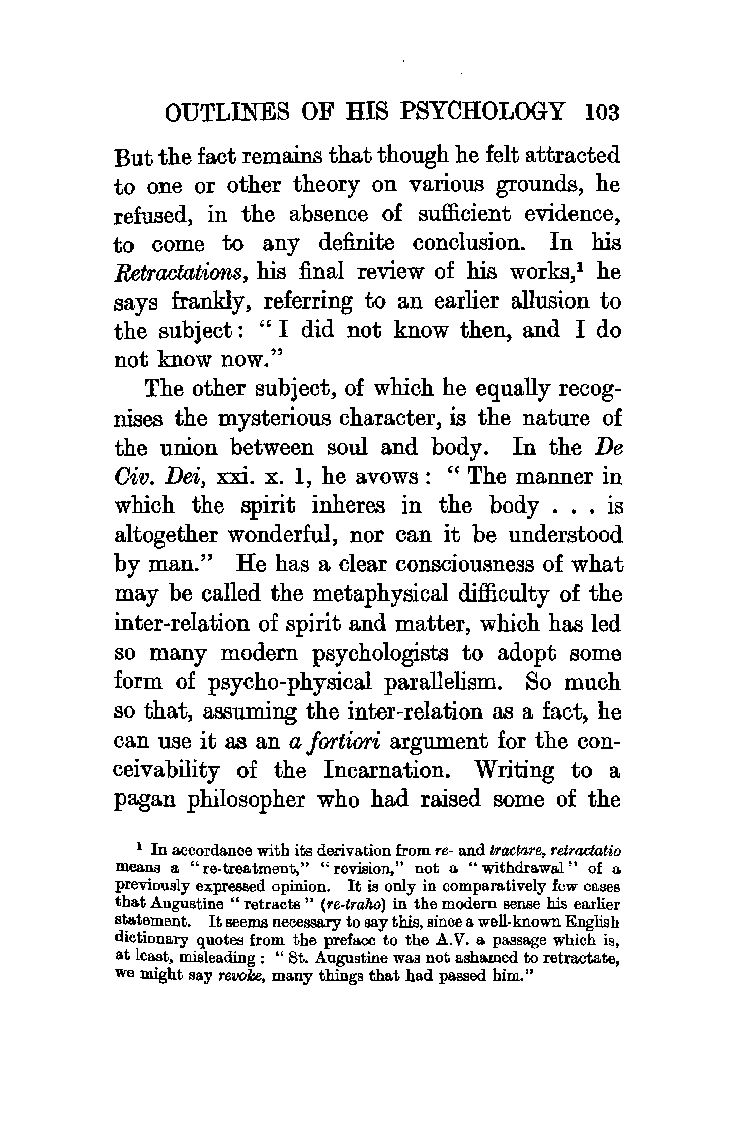
OUTLINES OF HIS PSYCHOLOGY  103
 But the fact remains that though he felt attracted
 to one or other theory on various grounds, he
 refused, in the absence of sufficient evidence,
 to come to any definite conclusion. In his
 Retractations, his final review of his works,1 he
 says frankly, referring to an earlier allusion to
 the subject: "I did not know then, and I do
 not know now."
 The other subject, of which he equally recog
 nises the mysterious character, is the nature of
 the union between soul and body. In the De
 Oiv. Dei, xxi. x. 1, he avows : " The manner in
 which the spirit inheres in the body . . . is
 altogether wonderful, nor can it be understood
 by man." He has a clear consciousness of what
 may be called the metaphysical difficulty of the
 inter-relation of spirit and matter, which has led
 so many modern psychologists to adopt some
 form of psycho-physical parallelism. So much
 so that, assuming the inter-relation as a fact, he
 can use it as an a fortiori argument for the con
 ceivability of the Incarnation. Writing to a
 pagan philosopher who had raised some of the
 1 In accordance with its derivation from re-and tradare, retractatio
 means a "re-treatment," "revision," not a. "withdrawal" of a
 previously expressed opinion. It is only in comparatively few cases
 that Augustine " retracts " (re-trako) in the modern sense his earlier
 statement. It seems necessary to say this, since a well-known English
 dictionary quotes from the preface to the A.V. a. passage which is,
 at least, misleading : " St. Augustine was not ashamed to retractate,
 we might say revoke, many things that had passed him."